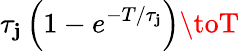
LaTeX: \tau_{\mathbf{j}}\left(1-e^{-T/\tau_{\mathbf{j}}}\right)\toT